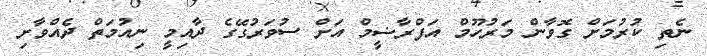
ނެތި ކުރުމަށް ގޮވާން މަރުހޫމް އަފްރާޟީމް އަށް ސުވަރުގޭގެ ދާއިމީ ނިއުމަތް ދެއްވާށި